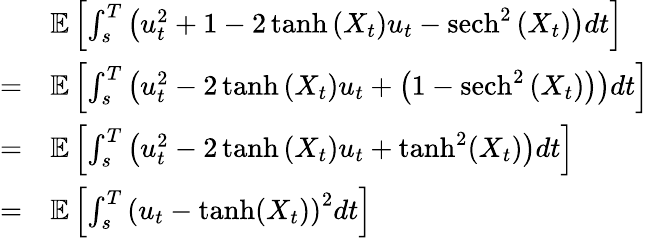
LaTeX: \begin{array}{rl}&{\mathbb{E}\left[\int_{s}^{T}\left(u_{t}^{2}+1-2\operatorname{tanh}\left(X_{t}\right)u_{t}-\operatorname{sech}^{2}\left(X_{t}\right)\right)dt\right]}\\ {=}&{\mathbb{E}\left[\int_{s}^{T}\left(u_{t}^{2}-2\operatorname{tanh}\left(X_{t}\right)u_{t}+\left(1-\operatorname{sech}^{2}\left(X_{t}\right)\right)\right)dt\right]}\\ {=}&{\mathbb{E}\left[\int_{s}^{T}\left(u_{t}^{2}-2\operatorname{tanh}\left(X_{t}\right)u_{t}+\operatorname{tanh}^{2}(X_{t})\right)dt\right]}\\ {=}&{\mathbb{E}\left[\int_{s}^{T}\left(u_{t}-\operatorname{tanh}(X_{t})\right)^{2}dt\right]}\end{array}